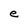
Character: e